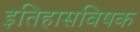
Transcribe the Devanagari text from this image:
इतिहासविषक